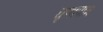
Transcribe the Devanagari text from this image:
घृणापात्र